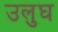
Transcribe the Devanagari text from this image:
उलुघ